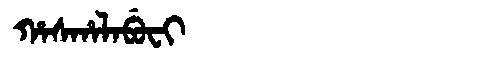
Manchu: ᡥᠠᠰᡥᠠᠯᠠᠪᡠᠸᡳ
Romanization: HASHALABUFI